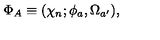
\Phi _ { A } \equiv ( \chi _ { n } ; \phi _ { a } , \Omega _ { a ^ { \prime } } ) ,